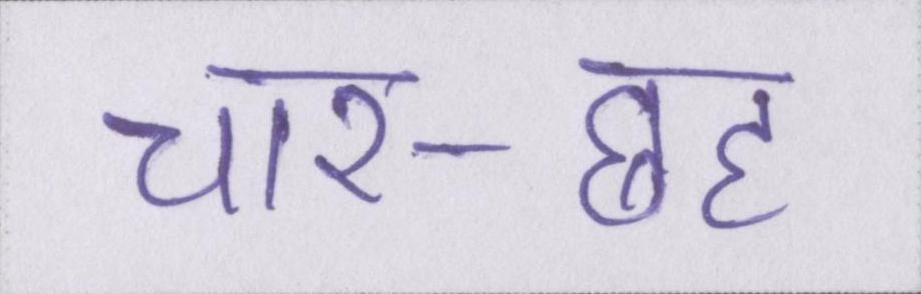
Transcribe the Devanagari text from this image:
चार-छह